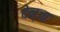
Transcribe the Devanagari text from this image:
देन्जा